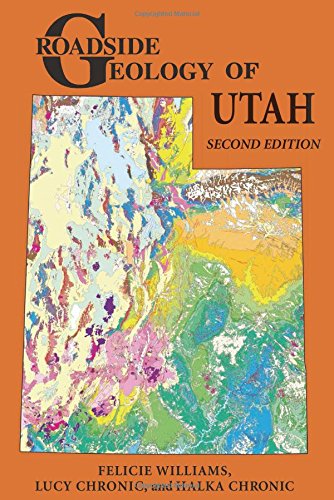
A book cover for Roadside Geology of Utah (Roadside Geology Series); Felicie Williams; Science & Math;